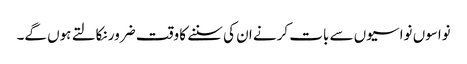
نواسوں نواسیوں سے بات کرنے ان کی سننے کا وقت ضرور نکالتے ہوں گے۔